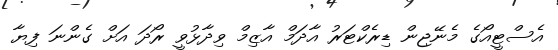
އެސްޓީއޯގެ މެނޭޖިން ޑިރެކްޓަރު އާދަމް އާޒިމް ވިދާޅުވީ ރޯދަ އަށް ގެންނަ ފިޔާ